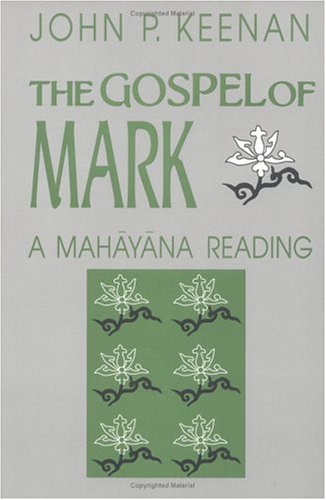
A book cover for The Gospel of Mark: A Mahayana Reading (Faith Meets Faith); John P. Keenan; Religion & Spirituality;